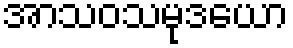
အာသဝသမုဒယော